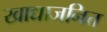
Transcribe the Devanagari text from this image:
खाद्याजनित